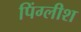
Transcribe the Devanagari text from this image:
पिंग्लीश